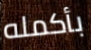
بأكمله